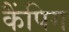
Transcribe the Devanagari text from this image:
कैंपिग